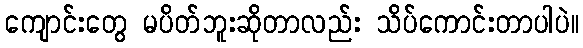
ကျောင်းတွေ မပိတ်ဘူးဆိုတာလည်း သိပ်ကောင်းတာပါပဲ။